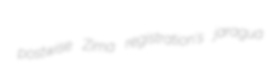
postwise Zima registration's jaragua